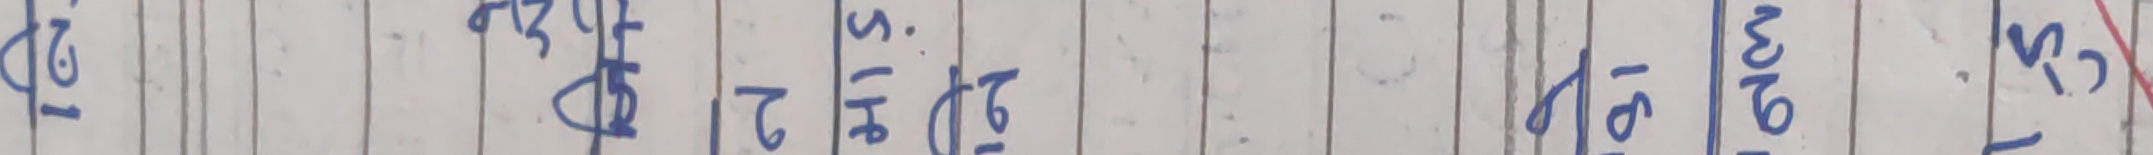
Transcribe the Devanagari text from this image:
२० २३४६०९१ ५५४३२१ ७५५२२१ ८५५०९२१ ९५४०९८१ १६ ३० ५०